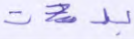
بدت